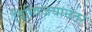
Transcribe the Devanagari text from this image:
दिग्विजयानंतर